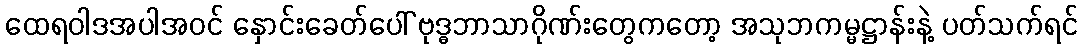
ထေရဝါဒအပါအဝင် နှောင်းခေတ်ပေါ် ဗုဒ္ဓဘာသာဂိုဏ်းတွေကတော့ အသုဘကမ္မဋ္ဌာန်းနဲ့ ပတ်သက်ရင်